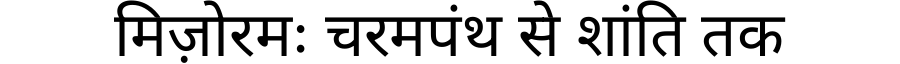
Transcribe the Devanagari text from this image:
मिज़ोरमः चरमपंथ से शांति तक